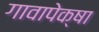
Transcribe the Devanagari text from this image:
गावापेक्षा